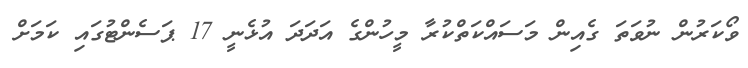
ވޯކަރުން ނުވަތަ ގެއިން މަސައްކަތްކުރާ މީހުންގެ އަދަދަ އުޅެނީ 17 ޕަސެންޓުގައި ކަމަށް